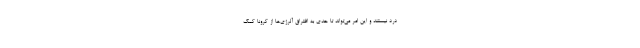
درد نیستند و این امر می‌تواند تا حدی به افتراق آلرژی‌ها از کرونا کمک